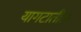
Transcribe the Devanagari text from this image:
यागटातील